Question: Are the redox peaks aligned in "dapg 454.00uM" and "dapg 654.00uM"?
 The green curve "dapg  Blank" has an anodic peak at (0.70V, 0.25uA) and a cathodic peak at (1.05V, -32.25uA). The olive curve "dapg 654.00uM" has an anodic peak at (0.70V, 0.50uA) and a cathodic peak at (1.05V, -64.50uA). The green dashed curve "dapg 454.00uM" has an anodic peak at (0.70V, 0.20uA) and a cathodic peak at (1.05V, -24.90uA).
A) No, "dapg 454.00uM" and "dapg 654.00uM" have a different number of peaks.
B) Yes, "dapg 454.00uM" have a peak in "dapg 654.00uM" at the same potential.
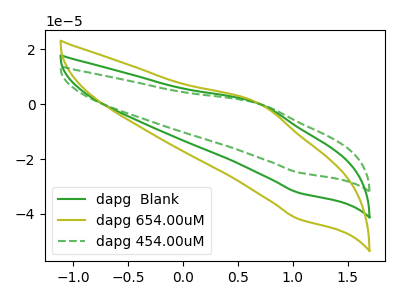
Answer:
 <answer>B) Yes, "dapg 454.00uM" have a peak in "dapg 654.00uM" at the same potential.</answer>
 <eval>B</eval>